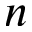
n